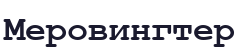
Меровингтер